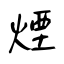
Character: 煙